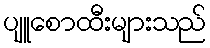
ပျူစောထီးများသည်